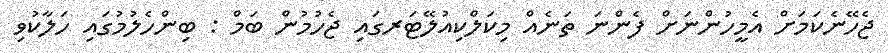
ޖެހޭނެކަމަށް އެމީހުންނަށް ފެންނަ ތަނެއް މިކަލްކިއުލޭޓަރގައި ޖެހުމުން ބަމް : ބިންހެލުމުގައި ހަލާކުވި